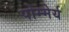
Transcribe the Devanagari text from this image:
पोम्मेर्य